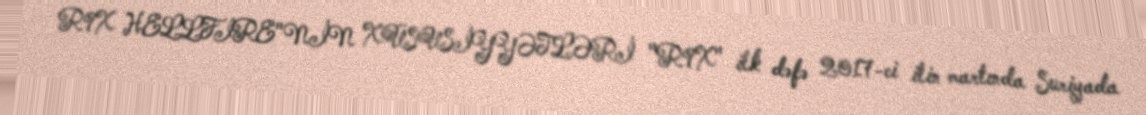
R9X HELLFIRE"NİN XÜSUSİYYƏTLƏRİ "R9X" ilk dəfə 2017-ci ilin martında Suriyada